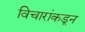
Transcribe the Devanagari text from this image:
विचारांकडून